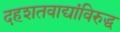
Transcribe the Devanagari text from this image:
दहशतवाद्यांविरुद्ध